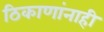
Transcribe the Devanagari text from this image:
ठिकाणांनाही